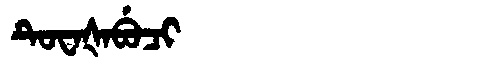
Manchu: ᡨᡠᠸᠠᡧᠠᠪᡠᠴᡳ
Romanization: TUWAŠABUCI